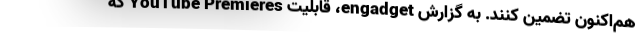
هم‌اکنون تضمین کنند. به گزارش engadget، قابلیت YouTube Premieres که